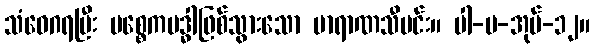
သံဝေဂရပြီး ပစ္စေကဗဒ္ဓါဖြစ်သွားသော ဗာရာဏသီမင်း။ ပါ-ပ-အုပ်-၁၂။